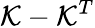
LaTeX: \mathcal{K}-\mathcal{K}^{T}